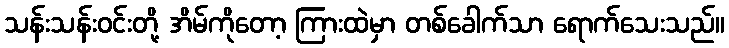
သန်းသန်းဝင်းတို့ အိမ်ကိုတော့ ကြားထဲမှာ တစ်ခေါက်သာ ရောက်သေးသည်။